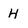
Character: h